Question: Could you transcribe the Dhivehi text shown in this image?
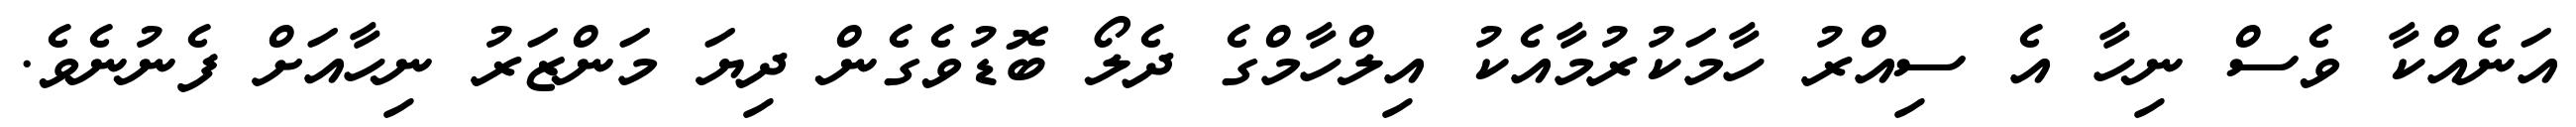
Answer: އަނެއްކާ ވެސް ނިހާ އެ ސިއްރު ހާމަކުރުމާއެކު އިލްހާމްގެ ދެލޯ ބޮޑުވެގެން ދިޔަ މަންޒަރު ނިހާއަށް ފެނުނެވެ.